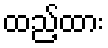
ထည့်ထား